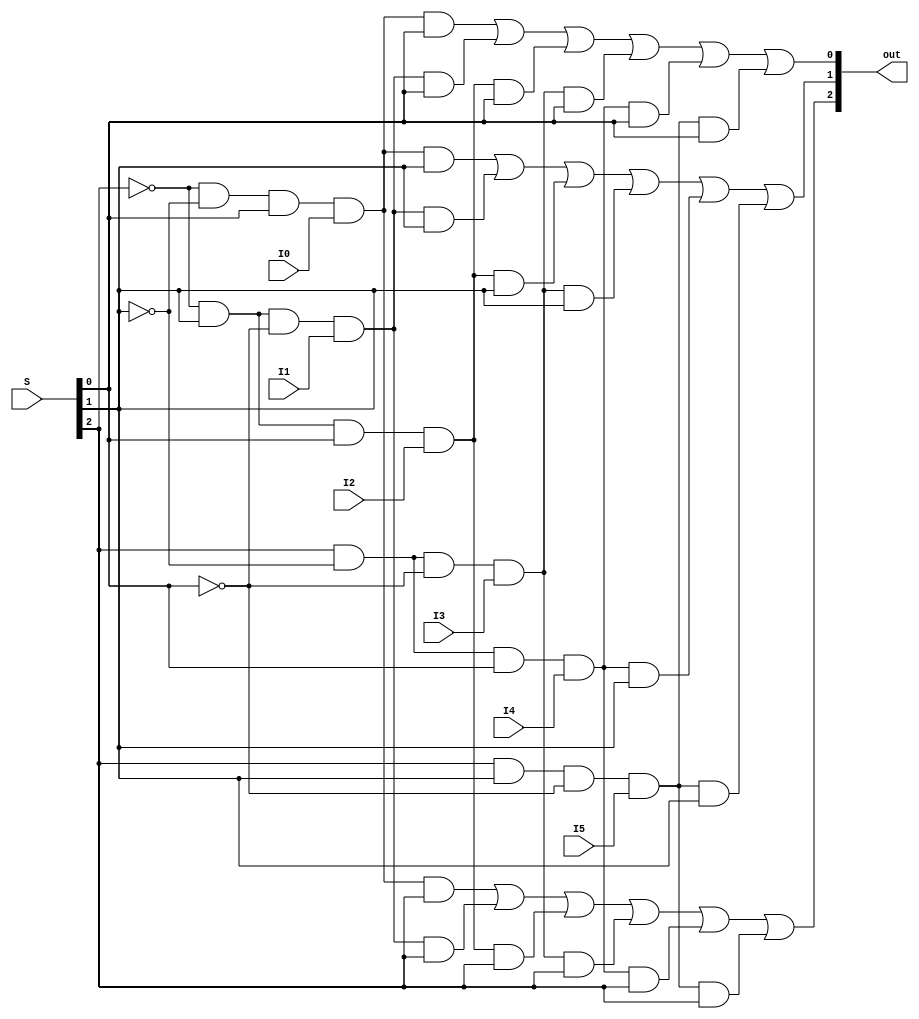
module Seletor_img (out, I0, I1, I2, I3, I4, I5, S);

	// Declaracao de portas
   input [2:0] S; 						// Seletor de 3 Bits
	input I0, I1, I2, I3, I4, I5;  	// Entradas expressões dos modulos de nivel e Tipo de Rega
	output [2:0] out;						// Saída de 3 bis

	// Declaracao dos fios intermediarios
   wire [2:0] out0, out1, out2, out3, out4, out5;
	wire S_And0, S_And1, S_And2;
	wire and0_0, and1_0, and2_0, and3_0, and4_0, and5_0;
	wire and0_1, and1_1, and2_1, and3_1, and4_1, and5_1;
	wire and0_2, and1_2, and2_2, and3_2, and4_2, and5_2;
	
	// Inversão do seletor
	not (notS0, S[0]);
   not (notS1, S[1]);
   not (notS2, S[2]);

	// Funcionamento do circuito
	
	// Expressões das saídas intermediárias com base no seletor e entrada.
   and (out0, notS2, notS1, S[0], I0); 	// S = 001 . I0
   and (out1, notS2, S[1], notS0, I1);		// S = 010 . I1
   and (out2, notS2, S[1], S[0], I2);		// S = 011 . I2
   and (out3, S[2], notS1, notS0, I3);		// S = 100 . I3
   and (out4, S[2], notS1, S[0], I4);		// S = 101 . I4
	and (out5, S[2], S[1], notS0, I5);		// S = 110 . I5
	
	//	Codificador Bit O
	and(and0_0, out0, S[0]);
	and(and1_0, out1, S[0]);
	and(and2_0, out2, S[0]);
	and(and3_0, out3, S[0]);
	and(and4_0, out4, S[0]);
	and(and5_0, out5, S[0]);
	//	Codificador Bit 1
	and(and0_1, out0, S[1]);
	and(and1_1, out1, S[1]);
	and(and2_1, out2, S[1]);
	and(and3_1, out3, S[1]);
	and(and4_1, out4, S[1]);
	and(and5_1, out5, S[1]);
	// Codificador Bit 2
	and(and0_2, out0, S[2]);
	and(and1_2, out1, S[2]);
	and(and2_2, out2, S[2]);
	and(and3_2, out3, S[2]);
	and(and4_2, out4, S[2]);
	and(and5_2, out5, S[2]);
	
	// Combinando as saídas intermediárias para formar a saída final
	or(out[0], and0_0, and1_0, and2_0, and3_0, and4_0, and5_0);
	or(out[1], and0_1, and1_1, and2_1, and3_1, and4_1, and5_1);
	or(out[2], and0_2, and1_2, and2_2, and3_2, and4_2, and5_2);
	
endmodule